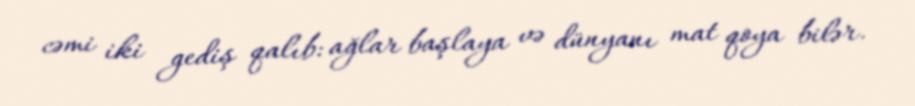
cəmi iki gediş qalıb: ağlar başlaya və dünyanı mat qoya bilər.